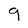
Character: 9